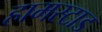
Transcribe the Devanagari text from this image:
हामस्टाड